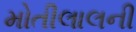
મોતીલાલની